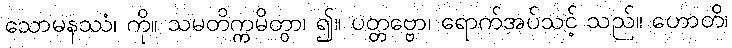
သောမနဿံ၊ ကို။ သမတိက္ကမိတွာ၊ ၍။ ပတ္တဗ္ဗော၊ ရောက်အပ်သင့် သည်။ ဟောတိ၊